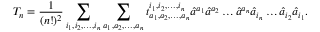
T _ { n } = { \frac { 1 } { ( n ! ) ^ { 2 } } } \sum _ { i _ { 1 } , i _ { 2 } , \ldots , i _ { n } } \sum _ { a _ { 1 } , a _ { 2 } , \ldots , a _ { n } } t _ { a _ { 1 } , a _ { 2 } , \ldots , a _ { n } } ^ { i _ { 1 } , i _ { 2 } , \ldots , i _ { n } } { \hat { a } } ^ { a _ { 1 } } { \hat { a } } ^ { a _ { 2 } } \ldots { \hat { a } } ^ { a _ { n } } { \hat { a } } _ { i _ { n } } \ldots { \hat { a } } _ { i _ { 2 } } { \hat { a } } _ { i _ { 1 } } .